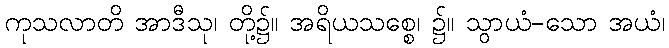
ကုသလာတိ အာဒီသု၊ တို့၌။ အရိယသစ္စေ၊ ၌။ သွာယံ-သော အယံ၊